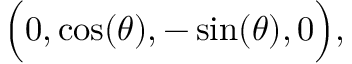
{ \Big ( } 0 , \cos ( \theta ) , - \sin ( \theta ) , 0 { \Big ) } ,